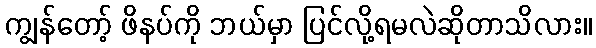
ကျွန်တော့် ဖိနပ်ကို ဘယ်မှာ ပြင်လို့ရမလဲဆိုတာသိလား။